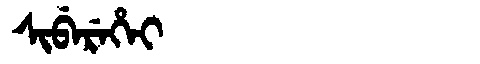
Manchu: ᠰᡳᠪᡝᡵᡝᡥᡝᡳ
Romanization: SIBEREHEI